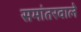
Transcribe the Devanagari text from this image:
समांतरवाले